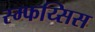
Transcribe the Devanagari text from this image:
स्म्फय्सिस